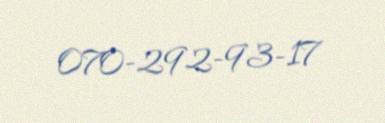
070-292-93-17